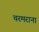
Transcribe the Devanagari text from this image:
चरमराना